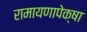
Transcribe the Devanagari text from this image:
रामायणापेक्षा